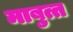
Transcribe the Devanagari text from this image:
माबुत्त